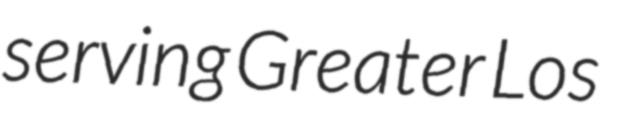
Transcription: serving Greater Los